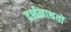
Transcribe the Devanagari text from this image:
दर्शनाथयों